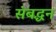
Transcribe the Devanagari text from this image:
संबद्धन